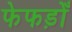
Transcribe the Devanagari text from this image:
फेफड़ोँ